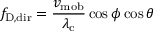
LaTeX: f _ { \mathrm { { D , d i r } } } = { \frac { v _ { \mathrm { { m o b } } } } { \lambda _ { \mathrm { { c } } } } } \cos \phi \cos \theta